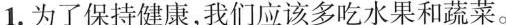
1.为了保持健康,我们应该多吃水果和蔬菜。